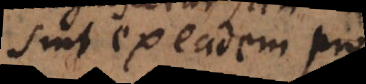
sint ex eadem pro